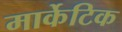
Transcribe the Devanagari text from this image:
मार्केटिक